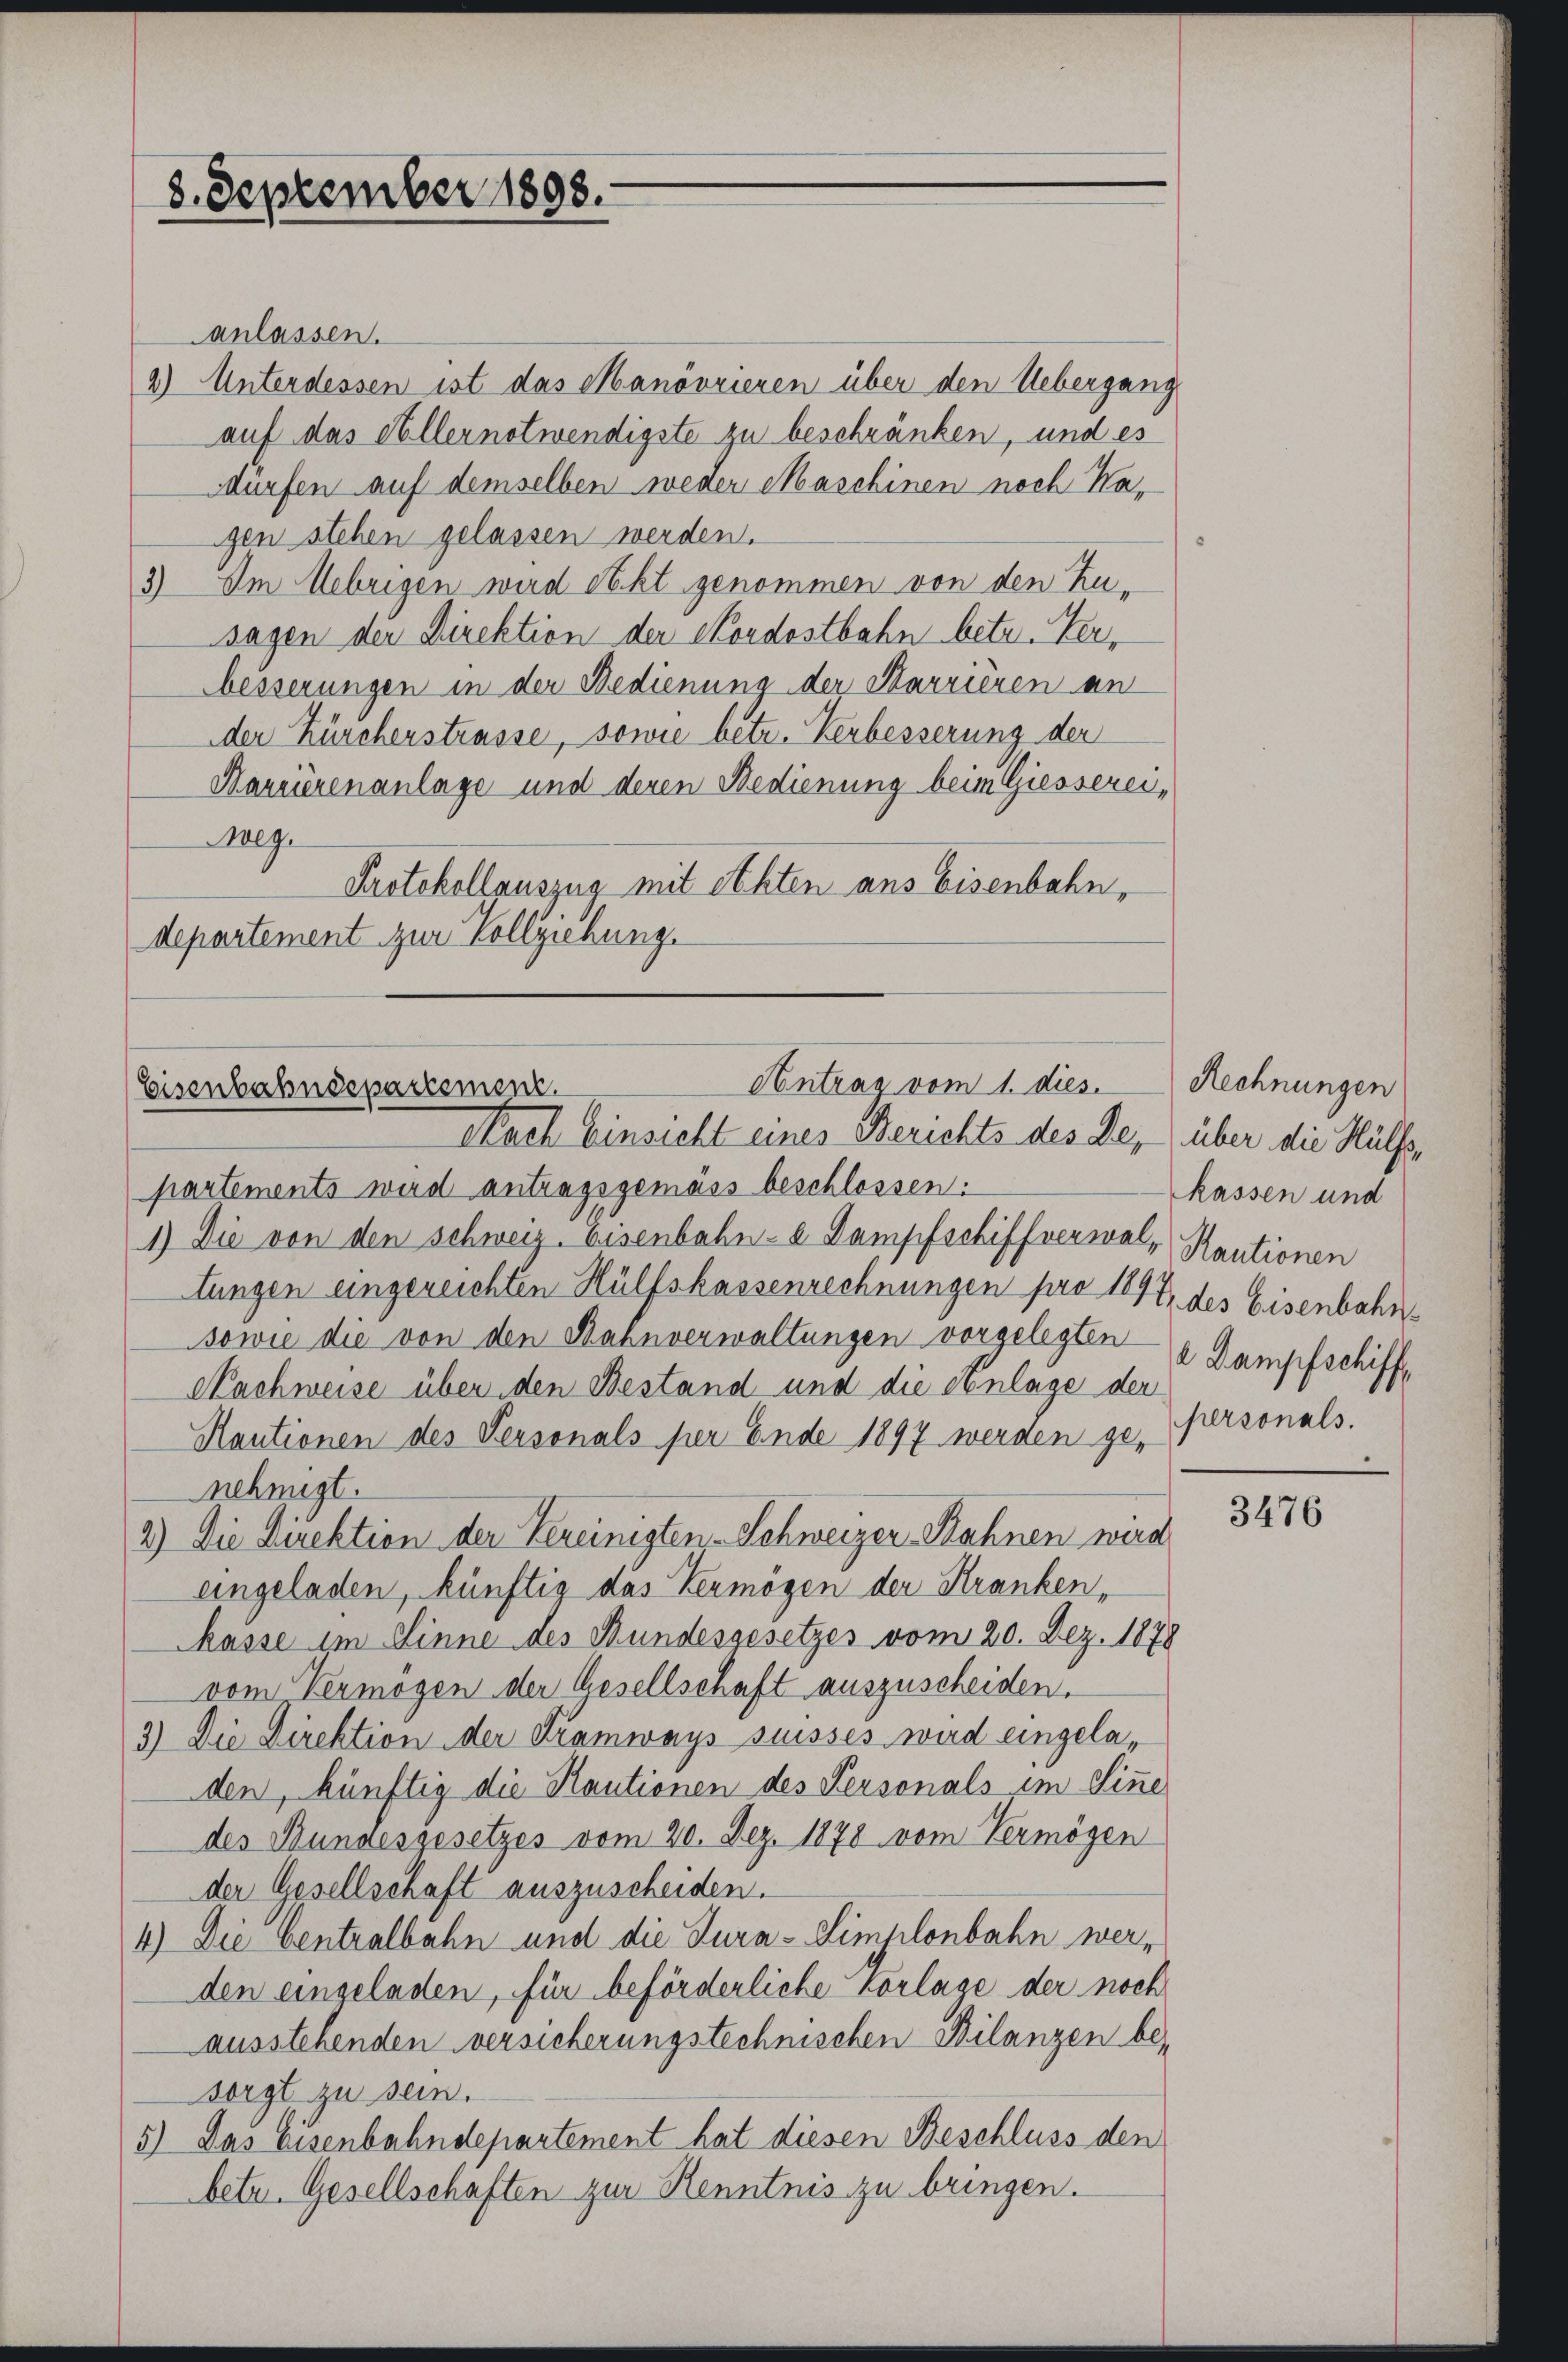
3. September 1898.

anlassen.
2) Unterdessen ist das Manövrieren über den Uebergang
auf das Ellernotwendigste zu beschränken, und es
dürfen auf demselben weder Maschinen noch Kagen stehen gelassen werden.
3) Im Uebrigen wird obkt genommen von den Zu-
sagen der Direktion der Cordostbahn betr. Verbesserungen in der Bedienung der Karrieren an
der Zürcherstrasse, sowie betr. Verbesserung der
Marrierenanlage und deren Bedienung beim Giesserei¬
Meg.
Protokollauszua mit Achten ans Eisenbahn,
departement zur Vollziehung.

Antrag vom 1. dies.
Eisenbahndepartement.
Nach Einsicht eines Berichts des de, über die Hülfs¬

partements wird antragsgemäss beschlossen:
1) Die von den schweiz. Eisenbahn- & Dampfschiffverwalt Kautionen
tungen eingezeichten Hülfskassenrechnungen pro 1897, des Eisenbahn¬
sowie die von den Bahnverwaltungen vorgelegten a. Dampfschiff¬
Nachweise über den Bestand und die Anlage der
Kautionen des Versonals per Ende 1897 werden ge-
nehmigt.
2.) Die Direktion der Vereinigten-Schweizer Rahnen wird
eingeladen, künftig das Vermögen der Kranken,
kasse im Sinne des Bundesgesetzes vom 20. Dez. 1878
vom Vermögen der Gesellschaft auszuscheiden.
3.) Die Direktion der Tramways suisses wird eingeladen, künftig die Kautionen des Personals im Sinne
des Bundesgesetzes vom 20. Dez. 1878 vom Vermögen
der Gesellschaft auszuscheiden.
4.) Die Centralbahn und die Tura-Simplonbahn werden eingeladen, für beförderliche Vorlage der noch
ausstehenden versicherungstechnischen Bilanzen be-
sorgt zu sein.
5) Das Eisenbahndepartement hat diesen Beschluss den
betr. Gesellschaften zur Kenntnis zu bringen.

Rechnungen
kassen und
personals.

3476